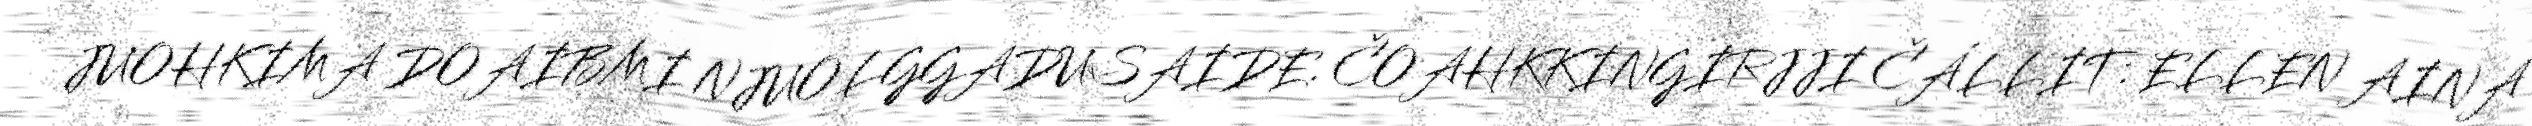
JUOHKIMA DOAIBMI NJUOLGGADUSAIDE. ČOAHKKINGIRJJI ČÁLLIT: ELLEN AINA